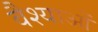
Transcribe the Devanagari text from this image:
वैश्याओं